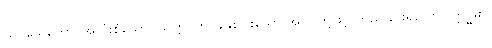
သဗ္ဗသေတော၊ အလုံးစုံသော။ သတ္တပ္ပတိ၊ ခုနှစ်ပါးသော အရပ်တို့ဖြင့် တည်ခြင်းရှိသော။ ဣဒ္ဓိမာ၊